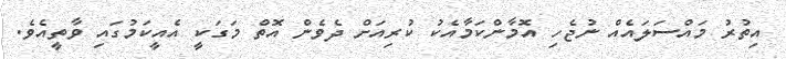
އިތުރު މައްސަލައެއް ނުޖެހި އޮމާންކަމާއެކު ކުރިއަށް ދެވެން އޮތް މަގަކީ އެއީކަމުގައި ވާތީއެވެ.